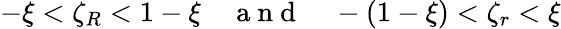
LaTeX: -\xi<\zeta_{R}<1-\xi\quad\mathrm{~a~n~d~}\quad-\left(1-\xi\right)<\zeta_{r}<\xi